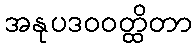
အနုပဒဝဝတ္ထိတာ